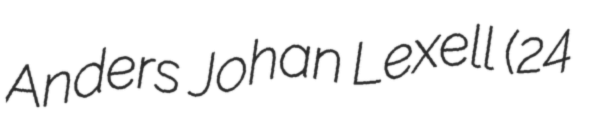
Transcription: Anders Johan Lexell (24